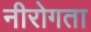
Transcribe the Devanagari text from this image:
नीरोगता